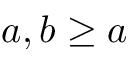
a , b \ge a